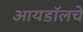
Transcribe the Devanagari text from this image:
आयडॉलचे